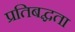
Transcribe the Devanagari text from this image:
प्रतिबद्घता